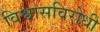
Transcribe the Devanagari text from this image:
विश्वासविरोधी